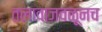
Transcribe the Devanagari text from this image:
तलावाजवळूनच